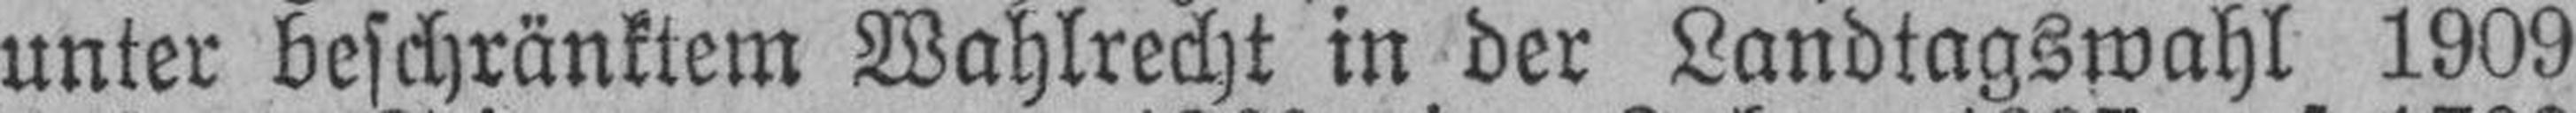
unter beschränktem Wahlrecht in der Landtagswahl 1909